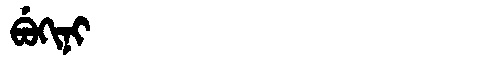
Manchu: ᠪᡠᡴᡳᠨᡳ
Romanization: BUKINI